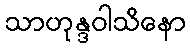
သာဟုန္ဒဝါသိနော